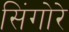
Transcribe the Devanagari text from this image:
सिंगोरे